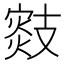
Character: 𢻟